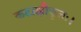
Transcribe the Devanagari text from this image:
कटाक्षीकृतः।